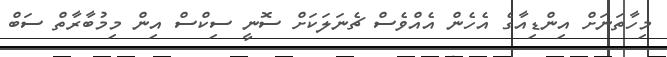
މިހާތަނަށް އިންޑިއާގެ އެހެން އެއްވެސް ޗެނަލަކަށް ސޮނީ ސިކްސް އިން މިމުބާރާތް ސަބް